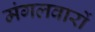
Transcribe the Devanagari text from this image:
मंगलवारों